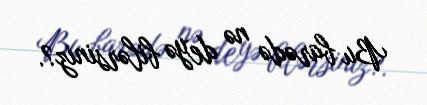
Bu barədə nə deyə bilərsiniz?.